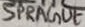
Text: SPRAGUE